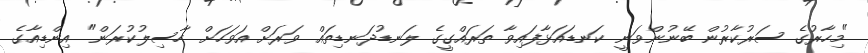
"މިހާރުގެ ސަރުކާރުން ބޭނުންވަނީ ކަނޑައަޅާފައިވާ ތަރައްގީގެ ލަނޑުދަނޑިތައް ވަރަށް އަވަހަށް ހާސިލުކުރަން" އިންޑިއާގެ